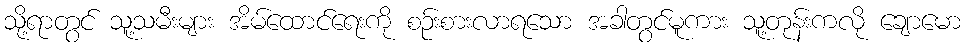
သို့ရာတွင် သူ့သမီးများ အိမ်ထောင်ရေးကို စဉ်းစားလာရသော အခါတွင်မူကား သူ့တုန်းကလို ချောမော